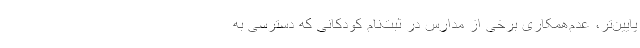
پایین‌تر، عدم‌همکاری برخی از مدارس در ثبت‌نام کودکانی که دسترسی به